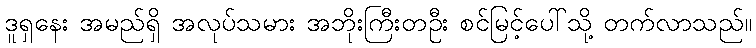
ဒူရှနေး အမည်ရှိ အလုပ်သမား အဘိုးကြီးတဦး စင်မြင့်ပေါ်သို့ တက်လာသည်။